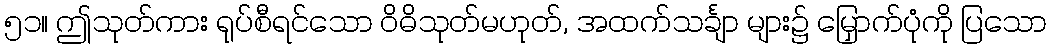
၅၁။ ဤသုတ်ကား ရုပ်စီရင်သော ဝိဓိသုတ်မဟုတ်, အထက်သင်္ချာ များ၌ မြှောက်ပုံကို ပြသော